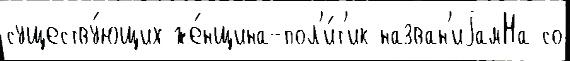
существу́ющих же́нщина-пол'и́т'ик назван'иjамНа со